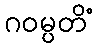
ဂဝမ္ပတိံ